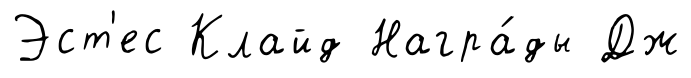
Эст'ес Клайд Награ́ды Дж